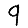
Digit: 9